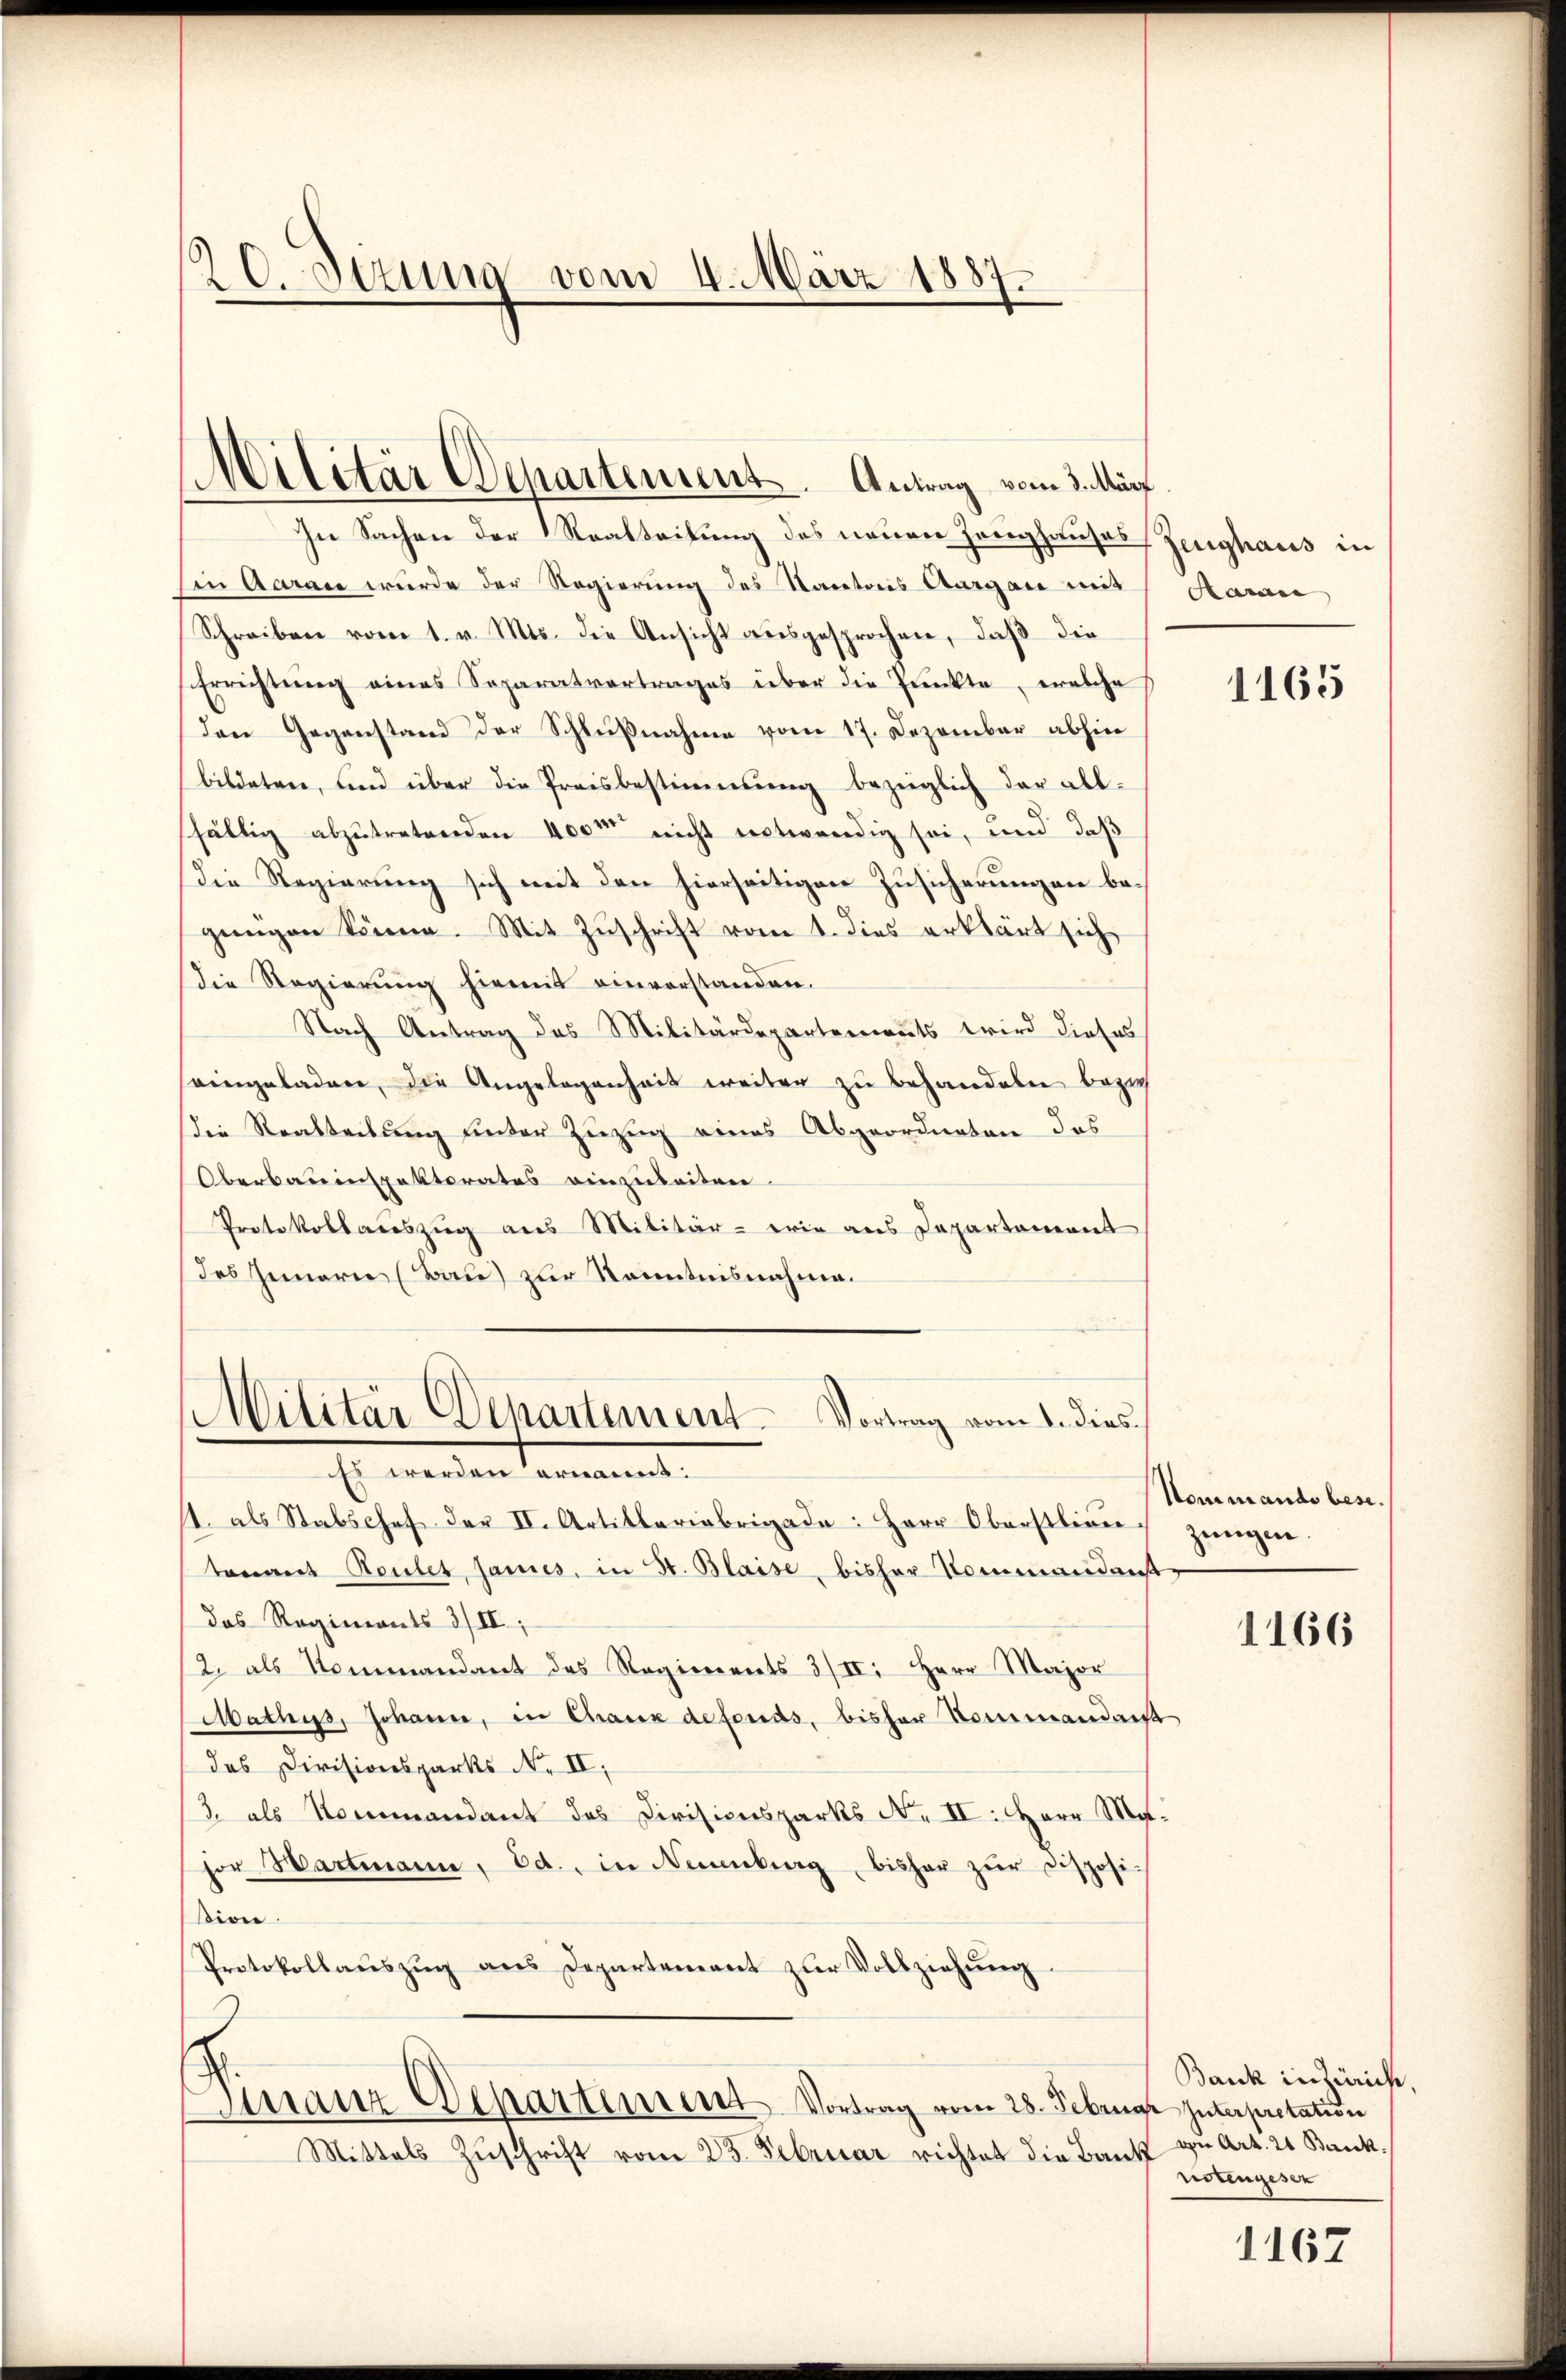
.Stzung vom 4. März 1887.

Militär Departement. Antrag vom 3. März

In Sachen der Realteilung des neuen Zeughauses Zeughaus in
Ein Aarade wurde der Regierung des Kantons Aargau mit
Schreiben vom 1. v. Mts. die Ansicht aŭsgesprochen, daβ die
Errichtung eines Separatvortrages über die Punkte, welche
den Gegenstand der Schlußnahme vom 17. Dezember abhin
bildeten, und über die Preisbestimmung bezüglich der all-
sfällig abzutretenden 400m nicht notwendig sei, und daß
Die Regierung sich mit den hierseitigen Zusicherungen begŭngen könne. Mit Zŭschrift vom 1. dies erklärt sich
Die Regierung hiemit einverstanden.
Nach Antrag des Militärdepartements wird dieses
oingeladen, die Angelegenheit weiter zu behandeln bezie
Die Realteilung unter Zuzug eines Abgeordneten des
Oberbauinspektorates einzuleiten.
Protokollauszug aus Militär - wie aus Departement
des Innern (Bau) zur Kenntnisnahme.

Militär Departement. Vortrag vom 1. dies

Es werden ernannt
11. als Stabschef der II. Artillariabrigade: Herr Oberstlien zŭngen.
tomant Roulet sames, in St. Blaise, bisher Kommandantdas Regiments 3/II.;
2. als Kommandant des Regiments 3/II: Herr Major
Mathys, Johann, in Chaux defonds, bisher Kommandant
das Divisionsparks No II,
3. als Kommandant das Divisionsparks No II: Herr Mahor Hartmann, Ed., in Neuenburg bisher zŭr Disposi
Bion.
Protokollaŭszŭg ans Departement zŭr Vollziehung.
Manz Departement Vortrag vom 28. Februar Interpretation
Mittels Zŭschrift vom 23. Februar richtet die Bank

Aarau

1165

Nommando bese.

1166

Bank in Zürich,
von Art. 21 Bank.
notengesez

1167